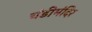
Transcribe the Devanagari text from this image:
चंडीमंदिर